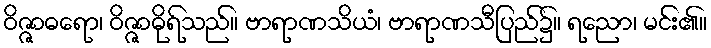
ဝိဇ္ဇာဓရော၊ ဝိဇ္ဇာဓိုရ်သည်။ ဗာရာဏသိယံ၊ ဗာရာဏသီပြည်၌။ ရညော၊ မင်း၏။